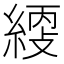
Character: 䌄